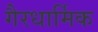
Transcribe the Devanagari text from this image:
गैरधार्मिक